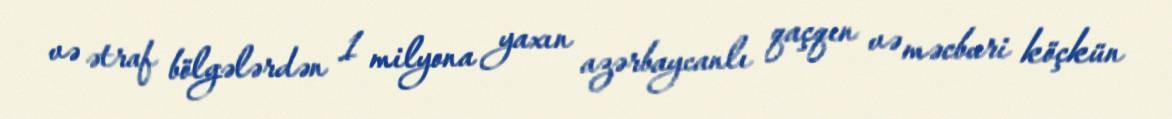
və ətraf bölgələrdən 1 milyona yaxın azərbaycanlı qaçqın və məcburi köçkün